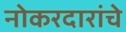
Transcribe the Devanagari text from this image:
नोकरदारांचे